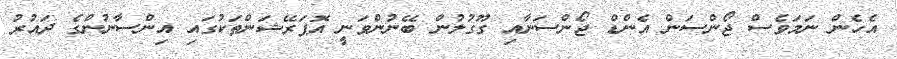
އެހެން ނަމަވެސް ޖޯންސަން އެންޑް ޖޯންސަނާއި ގޫގުލުން ބޭނުންވަނީ އޮޕަރޭޝަންތަކުގައި އިންސާނުންގެ ދައުރު